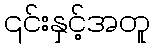
၎င်းနှင့်အတူ